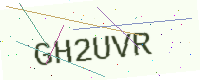
Text: GH2UVR